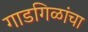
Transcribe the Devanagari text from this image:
गाडगिळांचा